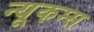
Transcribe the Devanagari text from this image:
न्यूकम्स